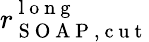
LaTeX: r_{\mathrm{~S~O~A~P~,~c~u~t~}}^{\mathrm{~l~o~n~g~}}